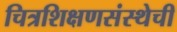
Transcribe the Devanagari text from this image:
चित्रशिक्षणसंस्थेची